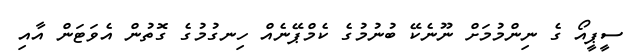
ސީޕީއޯ ގެ ނިންމުމަށް ނޫނެކޭ ބުނުމުގެ ކެމްޕޭނެއް ހިނގުމުގެ ގޮތުން އެވަޓަން އާއި